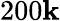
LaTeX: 200\mathbf{k}